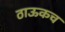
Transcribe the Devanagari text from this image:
ठाऊकच